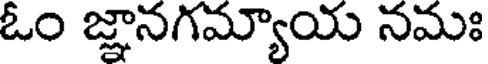
ఓం జ్ఞానగమ్యాయ నమః